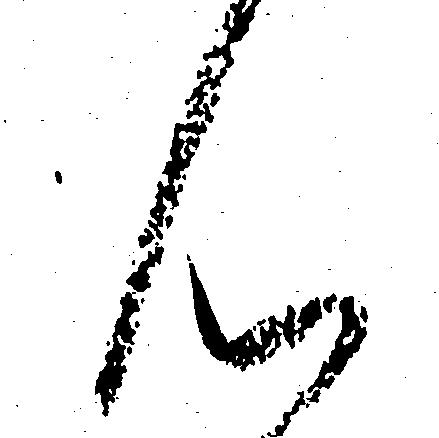
ん